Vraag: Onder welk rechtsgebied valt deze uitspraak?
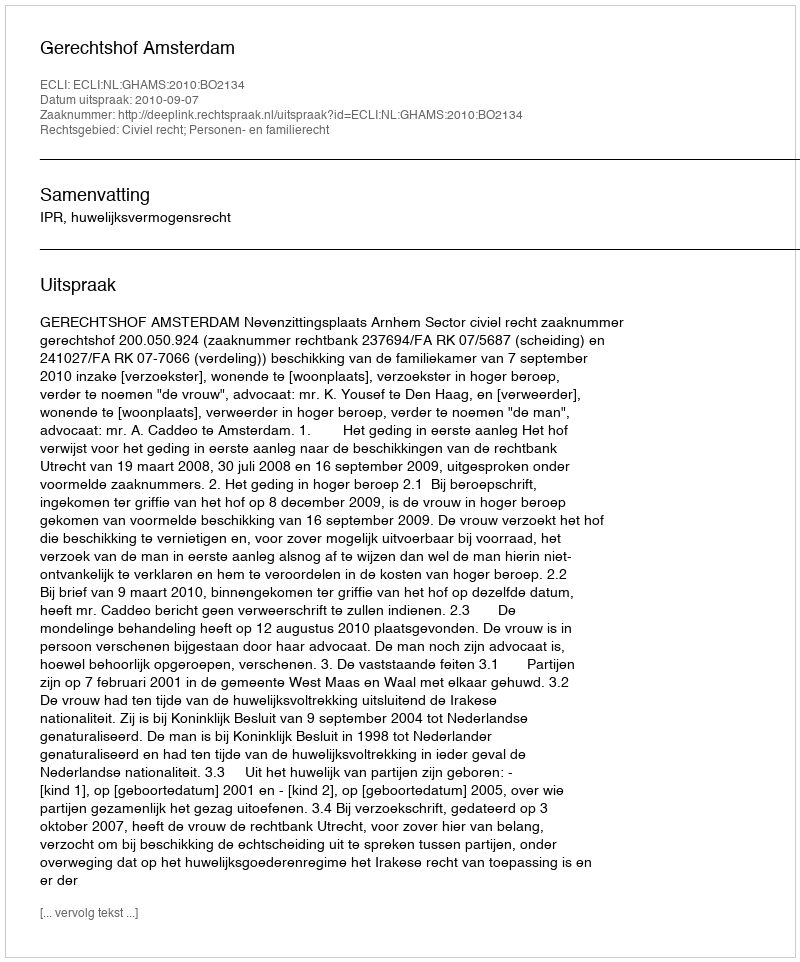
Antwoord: Civiel recht; Personen- en familierecht